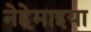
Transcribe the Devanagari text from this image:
नेहेमाइया